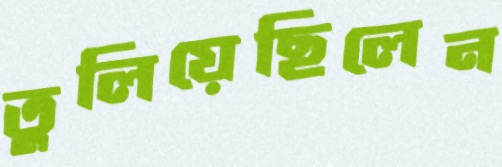
তুলিয়েছিলেন